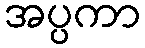
အပ္ပကာ